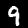
Digit: 9